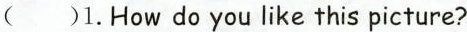
( )1.How do you like this picture?